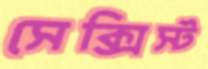
সেক্সিস্ট